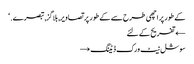
کے طور پر اچھی طرح سے کے طور پر تصاویر, بلاگز, تبصرے. ‘
← تفریح کے لئے
سوشل نیٹ ورک ڈیٹنگ →